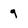
Character: 9